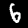
Label: 6